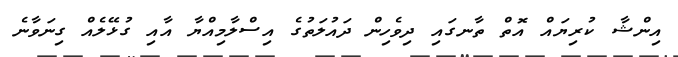
އިންޝާ ކުރިޔައް އޮތް ތާނގައި ދިވެހިން ދައުލަތުގެ އިސްލާމިއްޔާ އާއި ގުޅޭލެއް ގިނަވާނެ